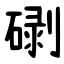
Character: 䃗